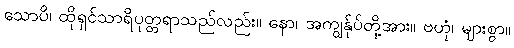
သောပိ၊ ထိုရှင်သာရိပုတ္တရာသည်လည်း။ နော၊ အကျွန်ုပ်တို့အား။ ဗဟုံ၊ များစွာ။